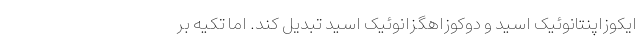
ایکوزاپنتانوئیک اسید و دوکوزاهگزانوئیک اسید تبدیل کند. اما تکیه بر